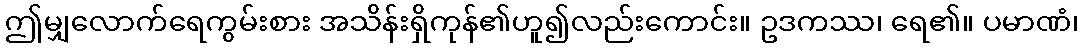
ဤမျှလောက်ရေကွမ်းစား အသိန်းရှိကုန်၏ဟူ၍လည်းကောင်း။ ဥဒကဿ၊ ရေ၏။ ပမာဏံ၊